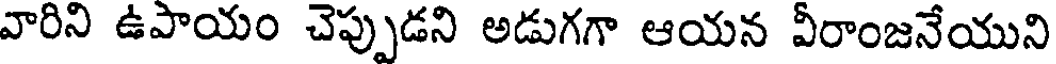
వారిని ఉపాయం చెప్పుడని అడుగగా ఆయన వీరాంజనేయుని